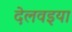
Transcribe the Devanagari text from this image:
देलवइया